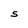
Character: S